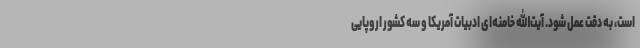
است، به دقت عمل شود. آیت‌الله خامنه‌ای ادبیات آمریکا و سه کشور اروپایی